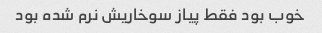
خوب بود فقط پیاز سوخاریش نرم شده بود